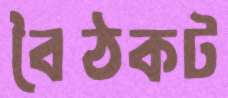
বৈঠকট